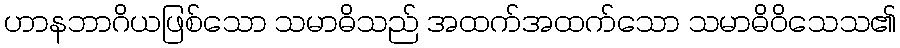
ဟာနဘာဂိယဖြစ်သော သမာဓိသည် အထက်အထက်သော သမာဓိဝိသေသ၏